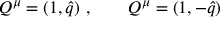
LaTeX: Q ^ { \mu } = ( 1 , \hat { q } ) \ , \qquad Q ^ { \mu } = ( 1 , - \hat { q } )